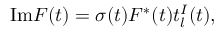
\mathrm { I m } F ( t ) = \sigma ( t ) F ^ { \ast } ( t ) t _ { l } ^ { I } ( t ) ,